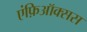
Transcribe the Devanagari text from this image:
एंफ़िऑक्सस